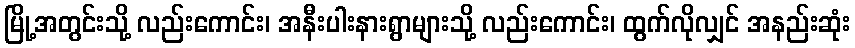
မြို့အတွင်းသို့ လည်းကောင်း၊ အနီးပါးနားရွာများသို့ လည်းကောင်း၊ ထွက်လိုလျှင် အနည်းဆုံး